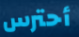
أحترس